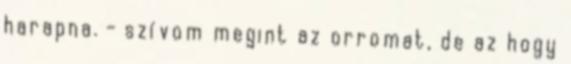
harapna. - szívom megint az orromat, de az hogy